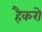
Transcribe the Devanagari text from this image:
हैकरो